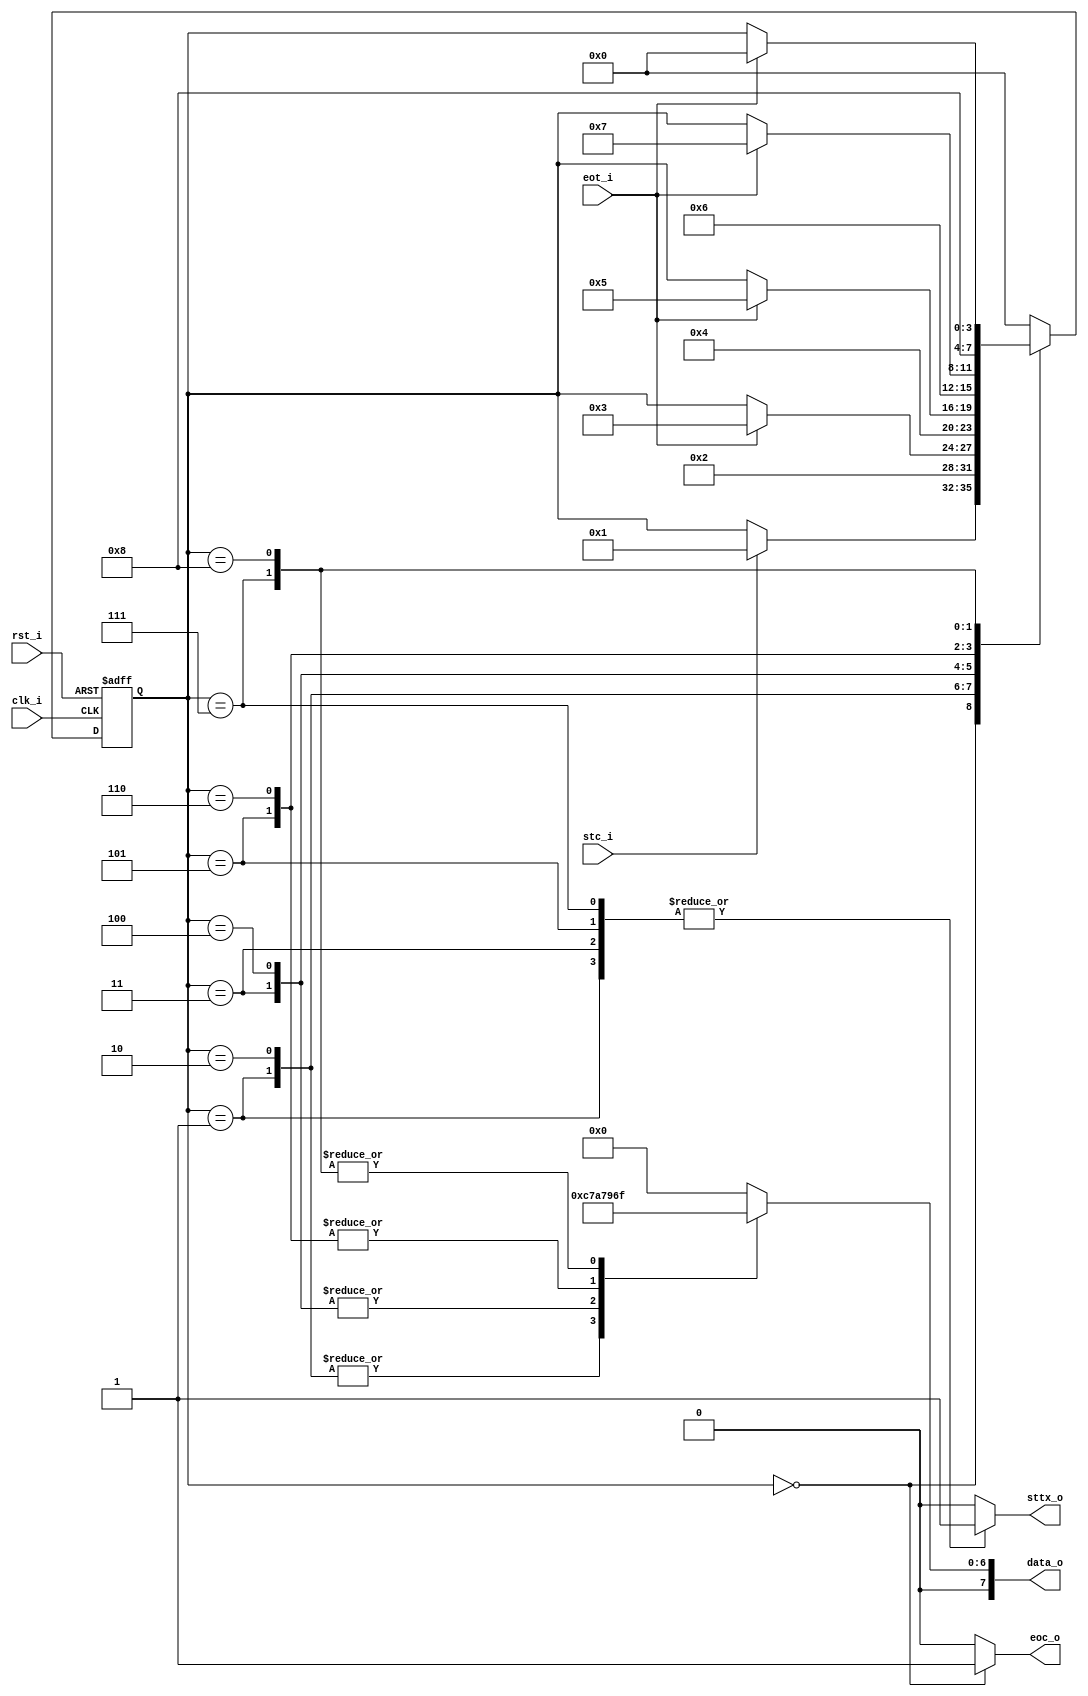
// Name: fsm_ciro.v
//
// Description: 

module fsm_ciro (
  input            rst_i,
  input            clk_i,
  input            stc_i,
  input            eot_i,
  output reg       sttx_o,
  output reg [7:0] data_o,
  output reg       eoc_o
);

  localparam [3:0] s0  = 4'd0,  // Esperar por stc_i
                   s1  = 4'd1,  // Mandar y
                   s2  = 4'd2,  // Esperar que termine
                   s3  = 4'd3,  // Mandar o
                   s4  = 4'd4,  // Esperar que termine
                   s5  = 4'd5,  // Mandar y
                   s6  = 4'd6,  // Esperar que termine
                   s7  = 4'd7,  // Mandar e
                   s8  = 4'd8,  // Esperar que termine
                   s9  = 4'd9,  // 
                   s10 = 4'd10, // 
                   s11 = 4'd11, // 
                   s12 = 4'd12, // 
                   s13 = 4'd13, // 
                   s14 = 4'd14, // 
                   s15 = 4'd15; // 

  reg [3:0] next_state, present_state;

  always @(stc_i, eot_i, present_state) begin
    sttx_o = 1'b0; data_o = 8'h00; eoc_o = 1'b0;
    next_state = present_state;
    case (present_state)
      s0 : begin // Esperar por stc_i
             sttx_o = 1'b0; data_o = 8'h00; eoc_o = 1'b1;
             if (stc_i)
               next_state = s1;
           end
      s1 : begin // Mandar c
             sttx_o = 1'b1; data_o = 8'h63; eoc_o = 1'b0;
             next_state = s2;
           end
      s2 : begin // Esperar que termine
             sttx_o = 1'b0; data_o = 8'h63; eoc_o = 1'b0;
             if (eot_i)
               next_state = s3;
           end
      s3 : begin // Mandar i
             sttx_o = 1'b1; data_o = 8'h69; eoc_o = 1'b0;
             next_state = s4;
           end
      s4 : begin // Esperar que termine
             sttx_o = 1'b0; data_o = 8'h69; eoc_o = 1'b0;
             if (eot_i)
               next_state = s5;
           end
      s5 : begin // Mandar r
             sttx_o = 1'b1; data_o = 8'h72; eoc_o = 1'b0;
             next_state = s6;
           end
      s6 : begin // Esperar que termine
             sttx_o = 1'b0; data_o = 8'h72; eoc_o = 1'b0;
             if (eot_i)
               next_state = s7;
           end
      s7 : begin // Mandar o
             sttx_o = 1'b1; data_o = 8'h6f; eoc_o = 1'b0;
             next_state = s8;
           end
      s8 : begin // Esperar que termine
             sttx_o = 1'b0; data_o = 8'h6f; eoc_o = 1'b0;
             if (eot_i)
               next_state = s0;
           end
 default : begin
             next_state = s0;
           end
    endcase
  end

  always @(posedge clk_i, posedge rst_i) begin
    if (rst_i)
      present_state <= s0;
    else
      present_state <= next_state;
  end

endmodule